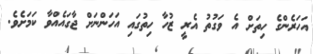
އަހަރެންގެ ހިތަށް އެ ވަގުތު އެރީ ޒުހާ ހިތުގައި އަހަންނަށް ޖާގައެއްވާ ކަމަށެވެ.